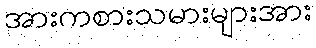
အားကစားသမားများအား